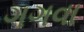
ગગવા